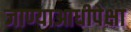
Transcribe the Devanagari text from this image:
जाण्याआधीपेक्षा